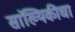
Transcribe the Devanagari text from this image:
सांख्यिकीचा